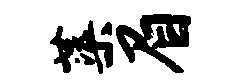
蕖眉